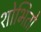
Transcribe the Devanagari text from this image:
शोभितो